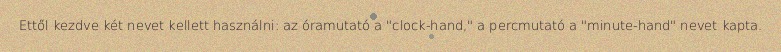
Ettől kezdve két nevet kellett használni: az óramutató a "clock-hand," a percmutató a "minute-hand" nevet kapta.